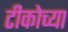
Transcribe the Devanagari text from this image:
टीकोच्या